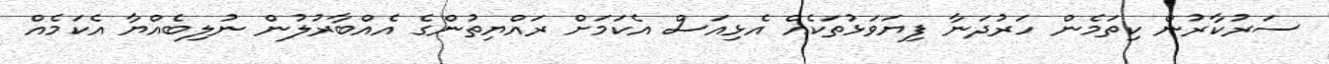
ސަރުކާރުން ކިތަމެން ހަރުދަނާ ފިޔަވަޅުތަކެއް އެޅިއަސް އެކަމަށް ރައްޔިތުންގެ އެއްބާރުލުން ނުލިބެއްޔާ އެކަމެއް